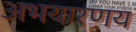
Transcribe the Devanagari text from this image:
अभयारणय